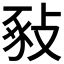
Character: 𢽚